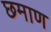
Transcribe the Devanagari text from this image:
छमाण